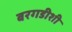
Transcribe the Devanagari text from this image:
बरगडीशी